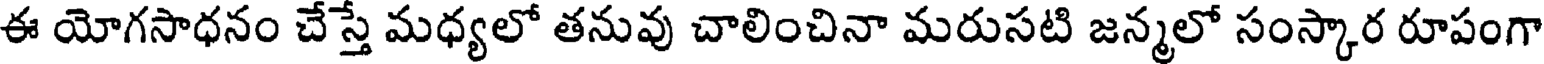
ఈ యోగసాధనం చేస్తే మధ్యలో తనువు చాలించినా మరుసటి జన్మలో సంస్కార రూపంగా